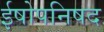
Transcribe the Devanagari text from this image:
ईषोपनिषद